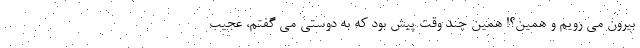
بیرون می رویم و همین؟! همین چند وقت پیش بود که به دوستی می گفتم، عجیب